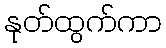
နုတ်ထွက်ကာ